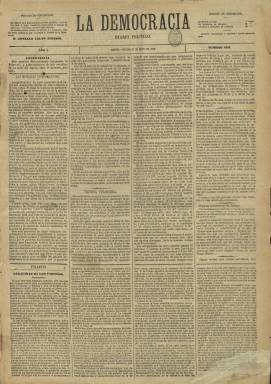
Título: La Democracia (Madrid. 1879)
Colección: Periódicos
Ámbito geográfico: Madrid
Lugar de publicación: Madrid
Fechas: 27/05/1879-21/11/1879

Fue uno de los primeros periódicos republicanos que aparecen en Madrid al en los primeros años de la Restauración, teniendo frente así las trabas impuestas a la libertad de imprenta por los gobiernos conservadores. Publica su primer número como “diario político” –este es su subtítulo- el 12 de mayo de 1879, bajo el gobierno del general Arsenio Martínez Campos (1831-1900), artífice del pronunciamiento militar de Sagunto. Su propietario y director es el político y periodista Gonzalo Calvo Asensio (1848-1880), hijo del también político y periodista Pedro Calvo Asensio (1821-1863), que había sido fundador del progresista La Iberia (1854). Aquel, que había sido diputado republicano y diplomático en Lisboa durante el Sexenio Democrático y estará ligado a la Institución Libre de Enseñanza, recupera ahora el título del diario que Emilio Castelar (1832-1899) había fundado en 1864, e intentará a través de una Unión Democrática agrupar a los elementos demócratas y republicanos septembrinos, estando también en la órbita del Partido Democrático Posibilista, que Castelar había fundado en 1876.

Es un diario formalmente típico de la época (no aparecía los lunes), de cuatro páginas, compuesto también a cuatro columnas con una clara tipografía, estampado primero en la Imprenta Madrileña y después en la de José de Rojas. Cada entrega comienza con un artículo de fondo o editorial, y sus contenidos informativos o noticiosos se agrupan en secciones como Revista financiera, Despachos telegráficos (noticias extranjeras facilitadas por la Agencia Fabra), Sección oficial (breves referencias a las normas publicadas por la Gaceta de Madrid), Noticias generales, Sección bibliográfica, Variedades, Bolsa, Santo del día, Espectáculos, Cortes, Política extranjera o Crónica municipal. Suele recoger –como una revista de prensa –, noticias que comenta con breves pinceladas. Aparece publicada una biografía sobre Miguel Servet, firmada por F. Giner, o un estudio sobre el Romanticismo, de Francisco Flores García. Asimismo, en el faldón de la primera plana publica folletines, como los titulados Legalidad de los partidos, Los beneficios teológicos o La mayorazga de los cañaverales. La última plana está dedicada a la inserción de anuncios publicitarios.

Dado el “duro” régimen de prensa que había sido impuesto por la ley de siete de enero de 1879, la fiscalía presentará denuncia contra su número 114 (de 23 de septiembre), pero será la impuesta contra una noticia publicada en el 120 (de 30 de septiembre), la que dé lugar a una sentencia por la que se la condena a veinte días de suspensión. Por ello no se publica desde el 10 de octubre al 18 de noviembre. Esa noticia se había hecho eco del depósito de 80 millones de reales a título de dote de la archiduquesa Cristina en el Banco de Viena por parte del ministro de Estado, el duque de Tetuán, noticia que constituía, según el juez de Imprenta, un delito de desprestigio u ofensa al rey Alfonso XII.

El último número que publica es el 130, de 21 de noviembre de 1879, en donde anuncia su cese y la aparición de El Demócrata, “que viene a defender la doctrina y procedimientos que hemos defendido durante nuestra corta campaña periodística”, nuevo título este que también forma parte de la colección de la Biblioteca Nacional de España, y que aparecerá el día siguiente, el 22 de noviembre de ese mismo año.